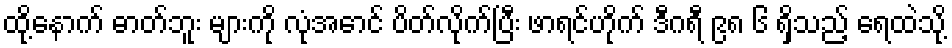
ထို့နောက် ဓာတ်ဘူး များကို လုံအောင် ပိတ်လိုက်ပြီး ဖာရင်ဟိုက် ဒီဂရီ ၉၈ ၆ ရှိသည့် ရေထဲသို့